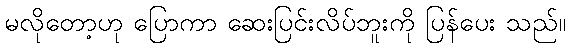
မလိုတော့ဟု ပြောကာ ဆေးပြင်းလိပ်ဘူးကို ပြန်ပေး သည်။